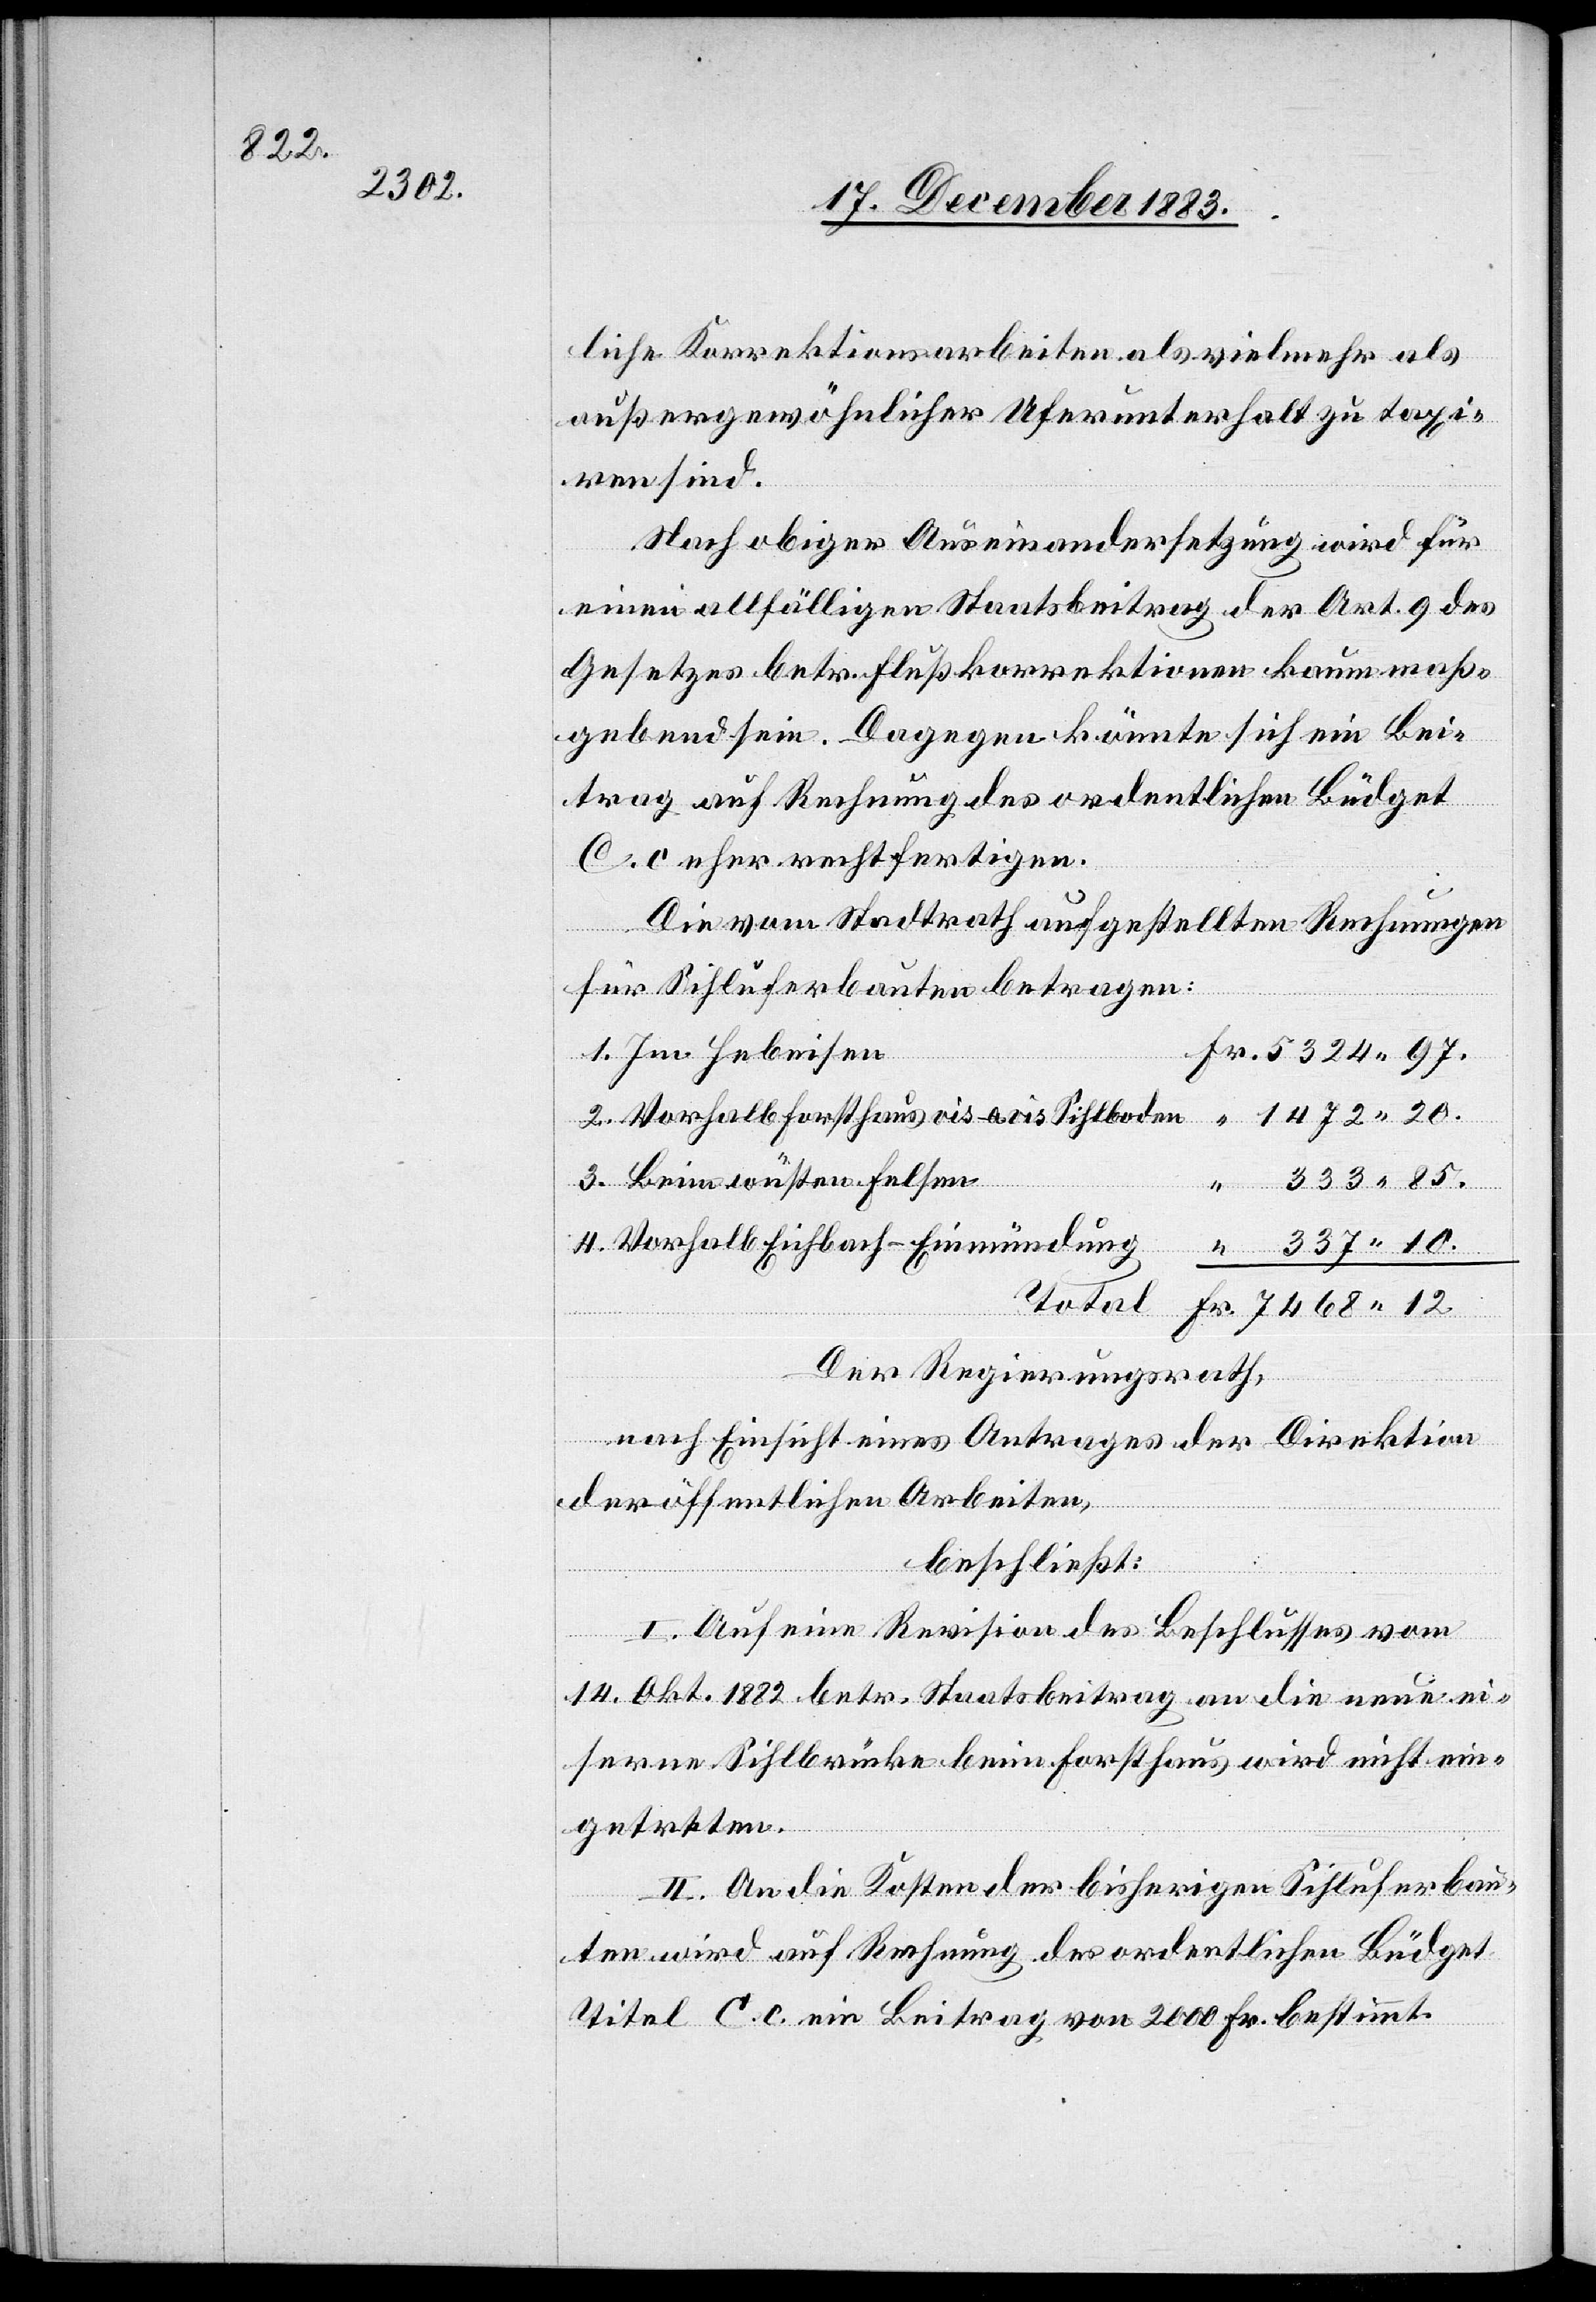
liche Korrektionsarbeiten als vielmehr als
außergewöhnlicher Uferunterhalt zu taxi¬
ren sind.
Nach obiger Auseinandersetzung wird für
einen allfälligen Staatsbeitrag der Art. 9 des
Gesetzes betr. Flußkorrektionen kaum maß¬
gebend sein. Dagegen könnte sich ein Bei¬
trag auf Rechnung des ordentlichen Büdget
C. c eher rechtfertigen.
Die vom Stadtrath aufgestellten Rechnungen
für Sihluferbauten betragen:
Im Hebeisen
Beim wüsten Felsen
333 85.
Fr.
12.
Vorhalb Eichbach-Einmündung
Total
Der Regierungsrath,
nach Einsicht eines Antrages der Direktion
der öffentlichen Arbeiten,
beschließt:
I. Auf eine Revision des Beschlusses vom
3.
14. Okt. 1882 betr. Staatsbeitrag an die neue ei¬
serne Sihlbrücke beim Forsthaus wird nicht ein¬
getreten.
II. An die Kosten der bisherigen Sihluferbau¬
ten wird auf Rechnung der ordentlichen Büdget
Titel C. c. ein Beitrag von 2000 Fr. bestimmt.